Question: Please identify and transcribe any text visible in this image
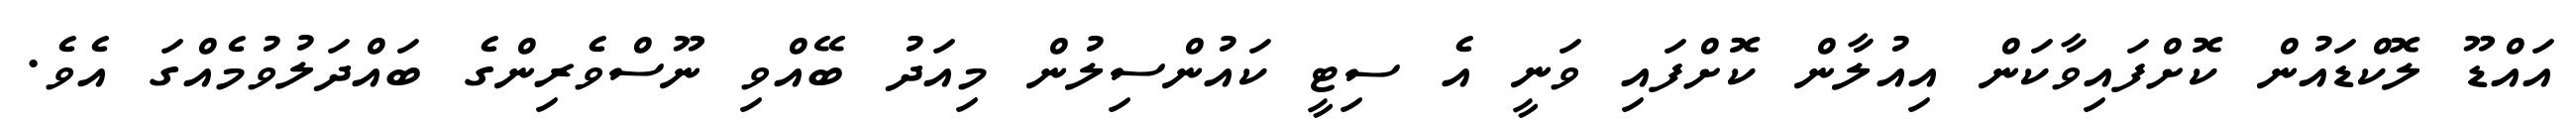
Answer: އައްޑޫ ލޮކްޑައުން ކޮށްފައިވާކަން އިއުލާން ކޮށްފައި ވަނީ އެ ސިޓީ ކައުންސިލުން މިއަދު ބޭއްވި ނޫސްވެރިންގެ ބައްދަލުވުމެއްގަ އެވެ.